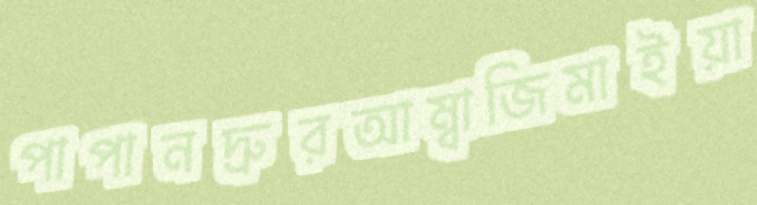
পাপানদ্রুরআম্বাজিমাইয়া